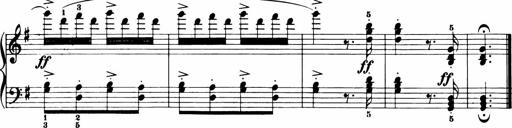
Title: 11 Sonatinas for Piano Solo
Composer: Anton Diabelli